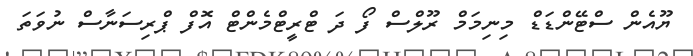
ޔޫއެން ސްޓޭންޑަޑް މިނިމަމް ރޫލްސް ފޯ ދަ ޓްރީޓްމެންޓް އޮފް ޕްރިސަނާސް ނުވަތަ